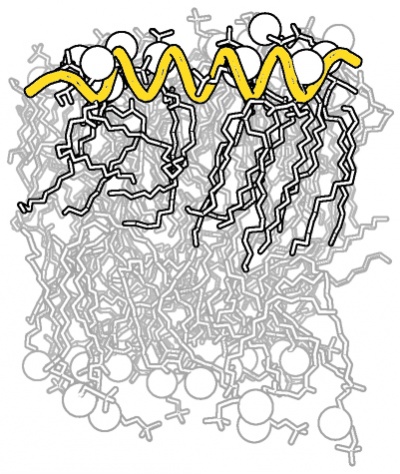
pymol, bg_color white, sticks, util.cbag, cartoon putty